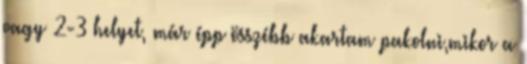
vagy 2-3 helyet, már épp összébb akartam pakolni,mikor a